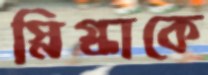
স্নিগ্ধাকে